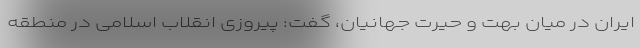
ایران در میان بهت و حیرت جهانیان، گفت: پیروزی انقلاب اسلامی در منطقه